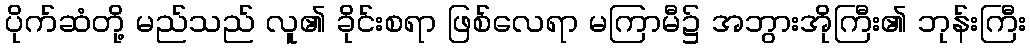
ပိုက်ဆံတို့ မည်သည် လူ၏ ခိုင်းစရာ ဖြစ်လေရာ မကြာမီ၌ အဘွားအိုကြီး၏ ဘုန်းကြီး